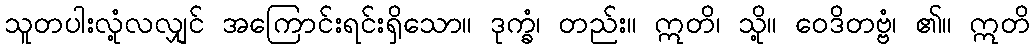
သူတပါးလုံ့လလျှင် အကြောင်းရင်းရှိသော။ ဒုက္ခံ၊ တည်း။ ဣတိ၊ သို့။ ဝေဒိတဗ္ဗံ၊ ၏။ ဣတိ